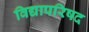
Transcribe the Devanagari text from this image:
विद्यापरिषद